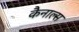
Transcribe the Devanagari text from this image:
कैनाल्स